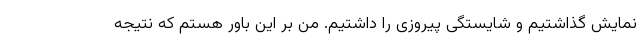
نمایش گذاشتیم و شایستگی پیروزی را داشتیم. من بر این باور هستم که نتیجه